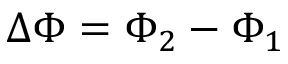
\Delta \Phi = \Phi _ { 2 } - \Phi _ { 1 }